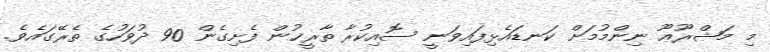
މި މަޝްރޫޢޫ ނިންމުމަށް ކަނޑައެޅިފައިވަނީ ސޮއިކުރާ ތާރީޚުން ފެށިގެން 90 ދުވަހުގެ ތެރޭގައެވެ.